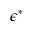
\epsilon ^ { * }